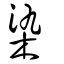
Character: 染